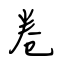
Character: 卷